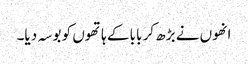
انھوں نے بڑھ کر بابا کے ہاتھوں کو بوسہ دیا۔